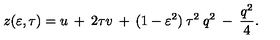
z ( \varepsilon , \tau ) = u \: + \: 2 \tau v \: + \: ( 1 - \varepsilon ^ { 2 } ) \: \tau ^ { 2 } \: q ^ { 2 } \: - \: \frac { q ^ { 2 } } { 4 } .